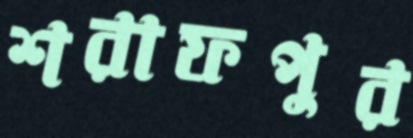
শরাফপুর